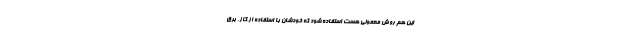
این هم روش معمولی هست استفاده شود که خودشان با استفاده از گاز، برق